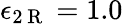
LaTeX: \epsilon_{2\mathrm{~R~}}=1.0